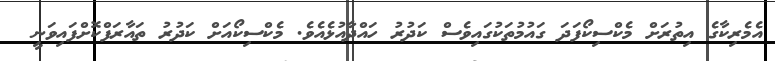
އެމެރިކާގެ އިތުރަށް މެކްސިކޯފަދަ ގައުމުތަކުގައިވެސް ކަދުރު ހައްދާއުޅެއެވެ. މެކްސިކޯއަށް ކަދުރު ތައާރަފްކޮށްފައިވަނީ